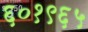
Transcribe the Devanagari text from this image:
६०१९६५